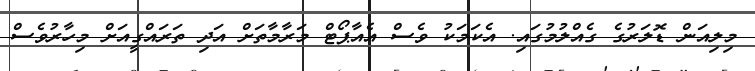
މިލިއަން ޑޮލަރުގެ ގެއްލުމުގައި. އެކަމަކު ވެސް އެއާޕޯޓް މަރާމާތަށް އަދި ތަރައްގީއަށް މިހާރުވެސް